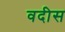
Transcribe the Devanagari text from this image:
वदीस